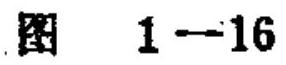
图 \(1 - 16\)